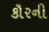
કૌરની